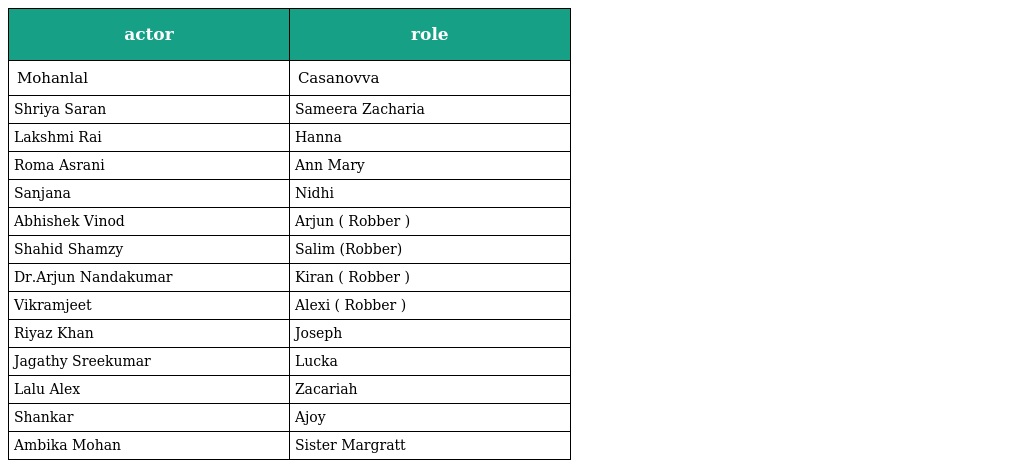
| actor | role |
 | --- | --- |
 | Mohanlal | Casanovva |
 | Shriya Saran | Sameera Zacharia |
 | Lakshmi Rai | Hanna |
 | Roma Asrani | Ann Mary |
 | Sanjana | Nidhi |
 | Abhishek Vinod | Arjun ( Robber ) |
 | Shahid Shamzy | Salim (Robber) |
 | Dr.Arjun Nandakumar | Kiran ( Robber ) |
 | Vikramjeet | Alexi ( Robber ) |
 | Riyaz Khan | Joseph |
 | Jagathy Sreekumar | Lucka |
 | Lalu Alex | Zacariah |
 | Shankar | Ajoy |
 | Ambika Mohan | Sister Margratt |